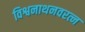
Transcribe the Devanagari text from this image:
विश्वनाथनवरत्न